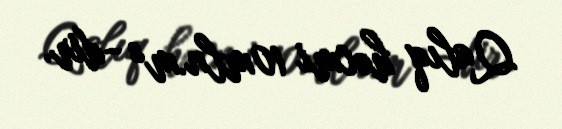
Qalıq həcmi 10mln.m³ -dir.